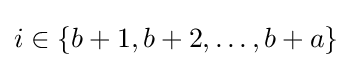
i\in \{b+1,b+2,\ldots ,b+a\}